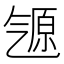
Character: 𬇒